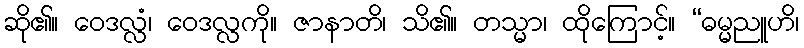
ဆို၏။ ဝေဒလ္လံ၊ ဝေဒလ္လကို။ ဇာနာတိ၊ သိ၏။ တသ္မာ၊ ထိုကြောင့်။ “ဓမ္မညူဟိ၊